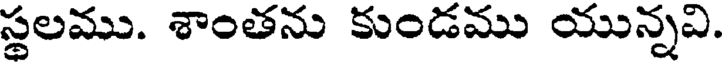
స్థలము. శాంతను కుండము యున్నవి.